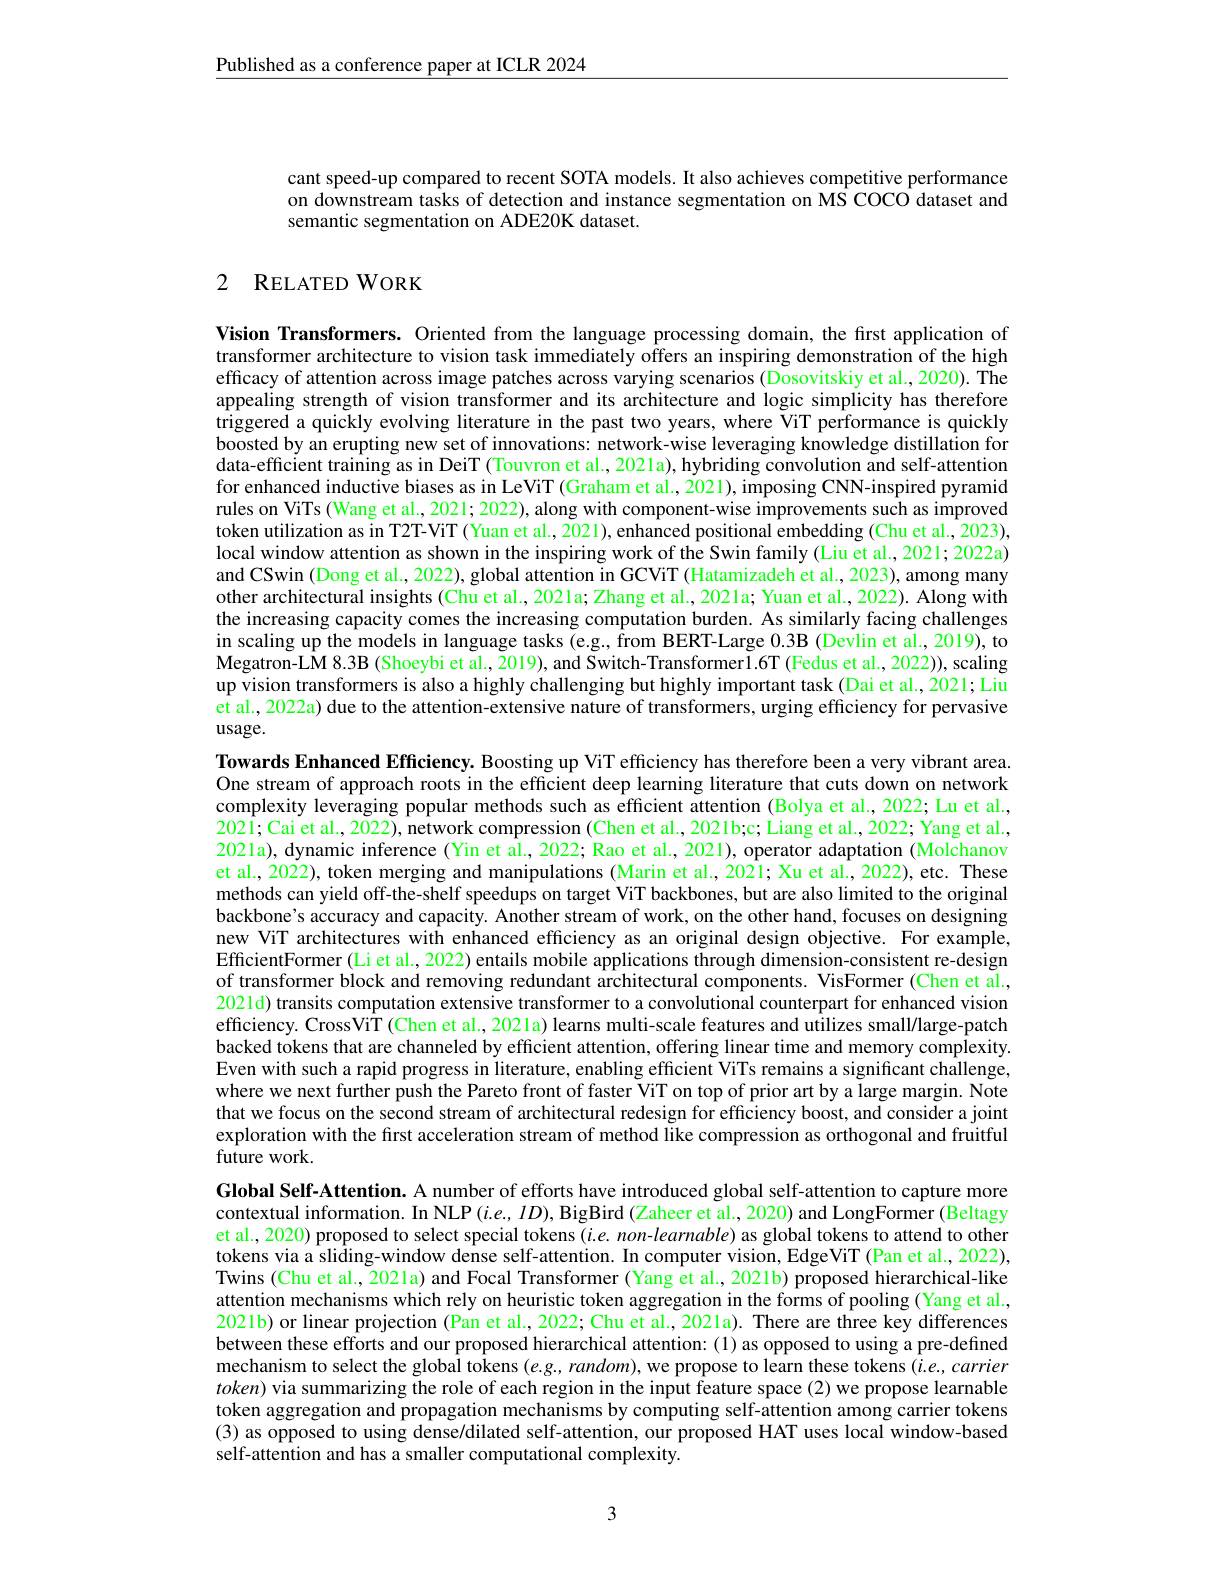
$\underline{\text{Published as a conference paper at ICLR 2024}}$

cant speed-up compared to recent SOTA models. It also achieves competitive performance on downstream tasks of detection and instance segmentation on MS COCO dataset and semantic segmentation on ADE20K dataset.

# 2 RELATED WORK

Vision Transformers. Oriented from the language processing domain, the first application of transformer architecture to vision task immediately offers an inspiring demonstration of the high efficacy of attention across image patches across varying scenarios (Dosovitskiy et al., 2020). The appealing strength of vision transformer and its architecture and logic simplicity has therefore triggered a quickly evolving literature in the past two years, where ViT performance is quickly boosted by an erupting new set of innovations: network-wise leveraging knowledge distillation for data-efficient training as in DeiT (Touvron et al., 2021a), hybriding convolution and self-attention for enhanced inductive biases as in LeViT (Graham et al., 2021), imposing CNN-inspired pyramid rules on ViTs (Wang et al., 2021; 2022), along with component-wise improvements such as improved token utilization as in T2T-ViT (Yuan et al., 2021), enhanced positional embedding (Chu et al., 2023), local window attention as shown in the inspiring work of the Swin family (Liu et al., 2021; 2022a) and CSwin (Dong et al., 2022), global attention in GCViT (Hatamizadeh et al., 2023), among many other architectural insights (Chu et al., 2021a; Zhang et al., 202la; Yuan et al., 2022). Along with the increasing capacity comes the increasing computation burden. As similarly facing challenges in scaling up the models in language tasks (e.g, from BERT-Large 0.3B (Devlin et al., 2019), to Megatron-LM 8.3B (Shoeybi et al., 2019), and Switch-Transformeri.6T (Fedus et al., 2022)), scaling up vision transformers is also a highly challenging but highly important task (Dai et al., 2021; Liu et al., 2022a) due to the attention-extensive nature of transformers, urging efficiency for pervasive usage.

Towards Enhanced Efficiency. Boosting up ViT efficiency has therefore been a very vibrant area. One stream of approach roots in the efficient deep learning literature that cuts down on network complexity leveraging popular methods such as efficient attention (Bolya et al., 2022; Lu et al., 2021; Cai et al., 2022), network compression (Chen et al., 2021b;c; Liang et al., 2022; Yang et al., 2021a), dynamic inference (Yin et al, 2022; Rao et al., 2021), operator adaptation (Molchanov et al., 2022), token merging and manipulations (Marin et al., 2021; Xu et al., 2022), etc. These methods can yield off-the-shelf speedups on target ViT backbones, but are also limited to the original backbone's accuracy and capacity. Another stream of work, on the other hand, focuses on designing new ViT architectures with enhanced efficiency as an original design objective. For example, EfficientFormer (Li et al., 2022) entails mobile applications through dimension-consistent re-design of transformer block and removing redundant architectural components. VisFormer (Chen et al., 2021d) transits computation extensive transformer to a convolutional counterpart for enhanced vision efficiency. CrossViT (Chen et al., 2021a) learns multi-scale features and utilizes small/large-patch backed tokens that are channeled by efficient attention, offering linear time and memory complexity. Even with such a rapid progress in literature, enabling efficient ViTs remains a significant challenge, where we next further push the Pareto front of faster ViT on top of prior art by a large margin. Note that we focus on the second stream of architectural redesign for efficiency boost, and consider a joint exploration with the first acceleration stream of method like compression as orthogonal and fruitful $\hat{\text{future work}}.$
Global Self-Attention. A number of efforts have introduced global self-attention to capture more contextual information. In NLP $( i. e. , \textit{ ID}) , \tilde{\text{BigBird}} ( \tilde{\text{Zaheeretal. , 2020}} ) \hat{\text{andLongFormer( Beltagy}}$ et al., 2020) proposed to select special tokens (i.e. non-learnable) as global tokens to attend to other tokens via a sliding-window dense self-attention. In computer vision, EdgeViT (Pan et al., 2022), Twins (Chu et al., 202la) and Focal Transformer (Yang et al., 2021b) proposed hierarchical-like attention mechanisms which rely on heuristic token aggregation in the forms of pooling (Yang et al, 2021b) or linear projection (Pan et al, 2022; Chu et al., 202la). There are three key differences between these efforts and our proposed hierarchical attention: (1) as opposed to using a pre-defined mechanism to select the global tokens $(e.g.,random)$, we propose to learn these tokens $(i.e.,carrier$ $token)$ via summarizing the role of each region in the input feature space (2) we propose learnable

token aggregation and propagation mechanisms by computing self-attention among carrier tokens (3) as opposed to using dense/dilated self-attention, our proposed HAT uses local window-based self-attention and has a smaller computational complexity.

3